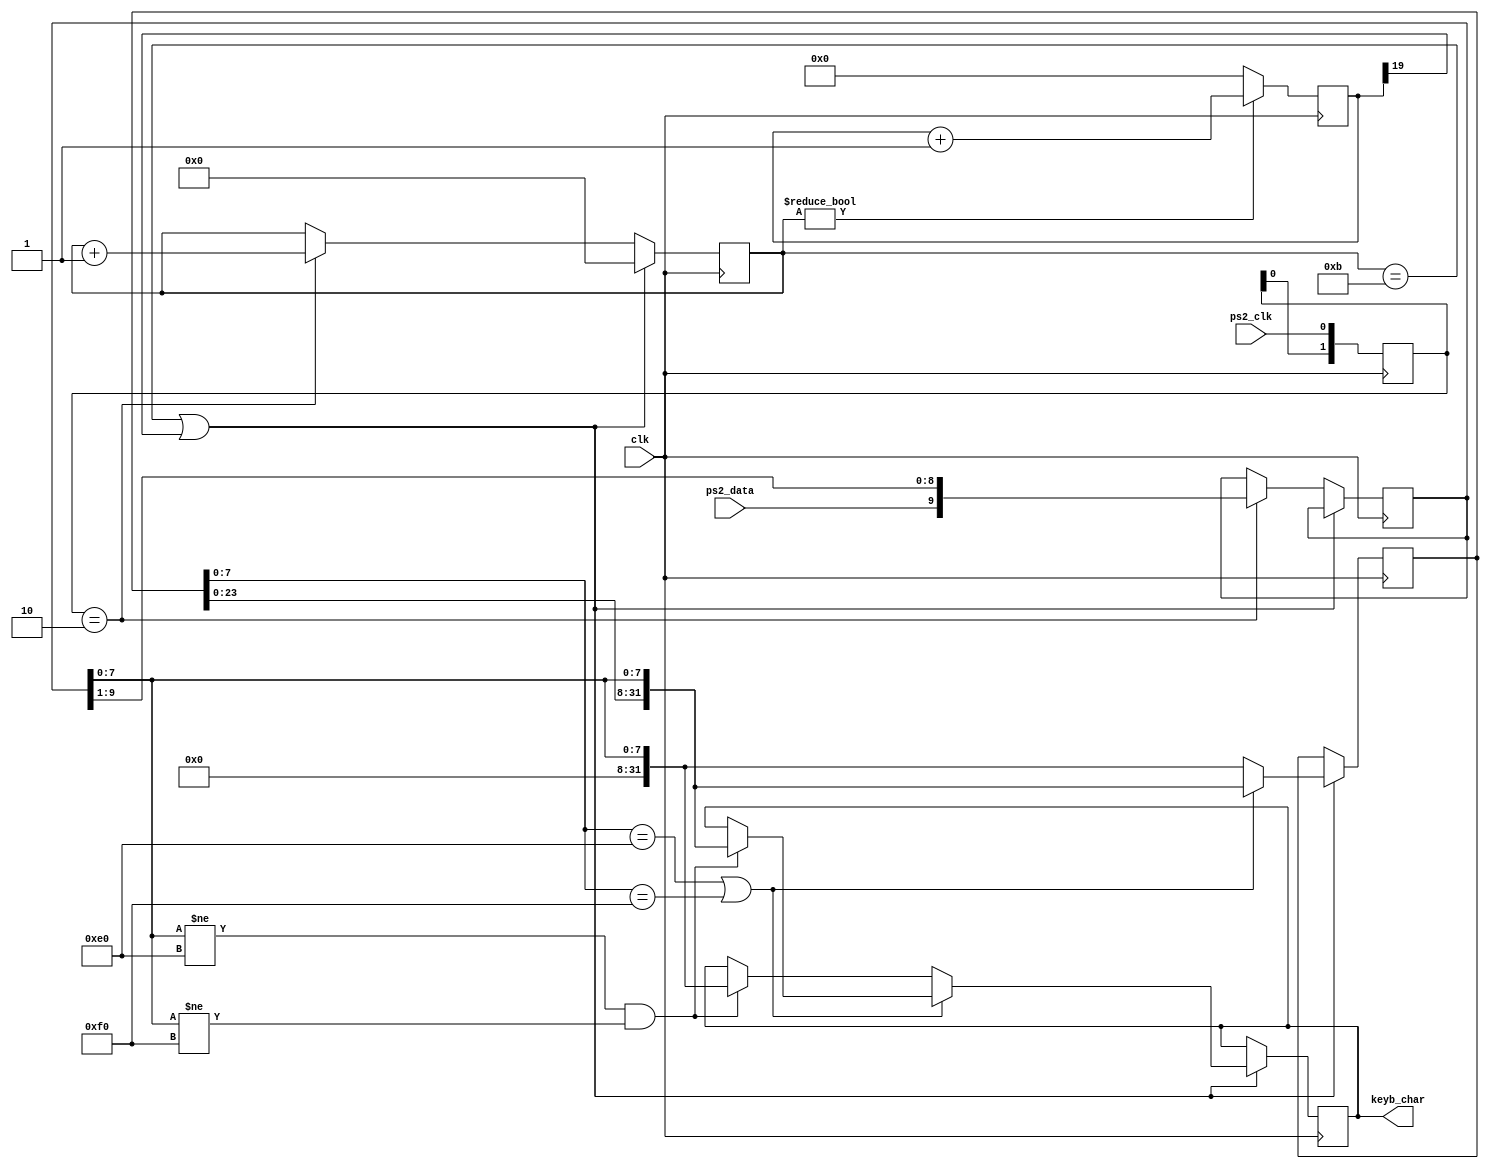
`timescale 1ns / 1ps
//////////////////////////////////////////////////////////////////////////////////
// Company: 
// Engineer: 
// 
// Design Name: 
// Module Name: keyboard
// Project Name: 
// Target Devices: 
// Tool Versions: 
// Description: 
// 
// Dependencies: 
// 
// Revision:
// Revision 0.01 - File Created
// Additional Comments:
// 
//////////////////////////////////////////////////////////////////////////////////


module keyboard(
   input wire clk,
   input wire ps2_clk,
   input wire ps2_data,
   output reg [31:0] keyb_char = 0
   );

   reg [31:0] temp_char = 0;
   reg [9:0] bits = 0;
   reg [3:0] count = 0;
   reg [1:0] ps2_clk_prev2 = 2'b11;
   reg [19:0] timeout = 0;
   
   always @(posedge clk)
      ps2_clk_prev2 <= {ps2_clk_prev2[0], ps2_clk};
      
   always @(posedge clk)
   begin
      if((count == 11) || (timeout[19] == 1))
      begin
         count <= 0;
         if((temp_char[7:0] == 8'hE0) || (temp_char[7:0] == 8'hF0)) begin       // if previous byte was E0 or F0
            temp_char[31:0] <= {temp_char[23:0], bits[7:0]};                    // shift the new byte in from the right, i.e., continue scancode
            if((bits[7:0] != 8'hE0) && (bits[7:0] != 8'hF0))                    // if new byte is not E0 or F0
               keyb_char <= {temp_char[23:0], bits[7:0]};                       // update output
         end
         else begin                                                             // previous byte was not E0 or F0
            temp_char[31:0] <= {24'b0, bits[7:0]};                              // new byte is the start of a new scancode
            if((bits[7:0] != 8'hE0) && (bits[7:0] != 8'hF0))                    // if new byte is not E0 or F0
               keyb_char <= {24'b0, bits[7:0]};                                 // update output      
         end
      end
      else
      begin
         if(ps2_clk_prev2 == 2'b10)
         begin
            count <= count + 1;
            bits <= {ps2_data, bits[9:1]};
         end
      end
   end
   
   always @(posedge clk)
      timeout <= (count != 0) ? timeout + 1 : 0;

endmodule